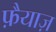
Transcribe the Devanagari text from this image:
फ़ैयाज़